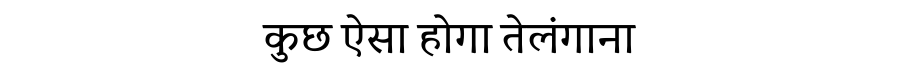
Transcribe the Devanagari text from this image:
कुछ ऐसा होगा तेलंगाना